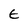
Character: E